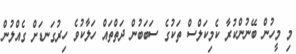
މި މީހުން ބޭނުންކުރާ ކެމިކަލްސް ތަކުގެ ސަބަބުން ދަތްތައް ހަލާކުވެ ހިރުގަނޑަށް ގެއްލުން